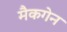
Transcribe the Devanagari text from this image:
मैकगेन